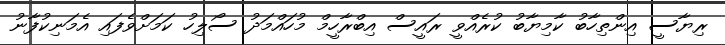
ރިޔާސީ އިންތިހާބު ކާމިޔާބު ކުރެއްވީ ރައީސް އިބްރާހީމް މުހައްމަދު ސޯލިހު ކަމަށްވެފައި އެމަނިކުފާނު